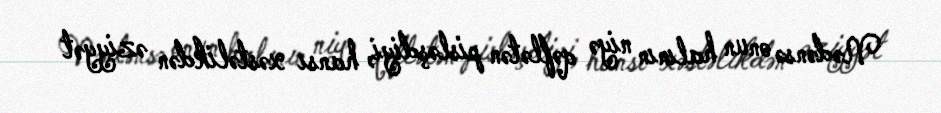
Nədənsə onun halının niyə qəflətən pisləşdiyi, hansı xəstəlikdən əziyyət